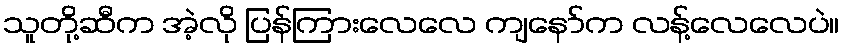
သူတို့ဆီက အဲ့လို ပြန်ကြားလေလေ ကျနော်က လန့်လေလေပဲ။